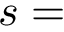
s =